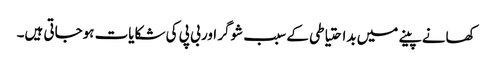
کھانے پینے میں بداحتیاطی کے سبب شوگر اور بی پی کی شکایات ہوجاتی ہیں۔